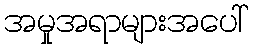
အမှုအရာများအပေါ်